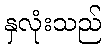
နှလုံးသည်